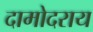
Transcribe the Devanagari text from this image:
दामोदराय